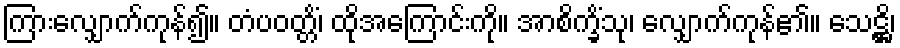
ကြားလျှောက်ကုန်၍။ တံပဝတ္တိံ၊ ထိုအကြောင်းကို။ အာစိက္ခိံသု၊ လျှောက်ကုန်၏။ သေဋ္ဌိ၊